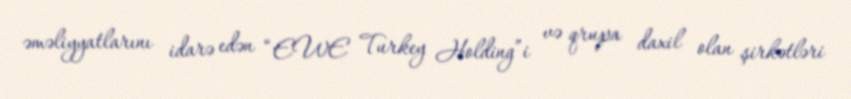
əməliyyatlarını idarə edən “EWE Turkey Holding”i və qrupa daxil olan şirkətləri